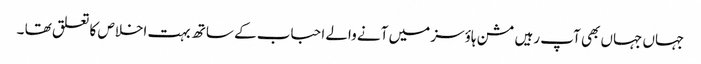
جہاں جہاں بھی آپ رہیں مشن ہاؤسز میں آنے والے احباب کے ساتھ بہت اخلاص کا تعلق تھا ۔